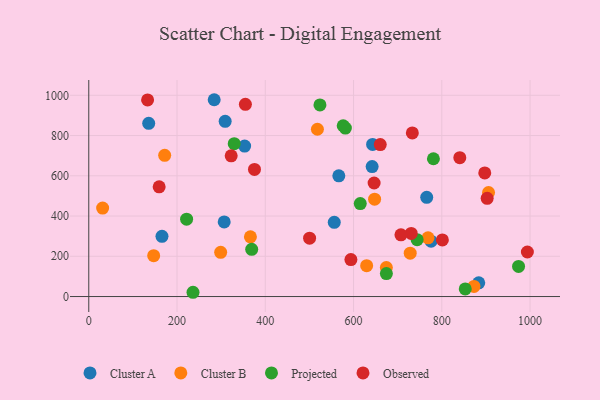
{"axis": {"x": "Engine Size", "y": "Yield"}, "legend": ["Cluster A", "Cluster B", "Observed", "Projected"], "data": [{"x": "306.9", "y": 370.9, "type": "Cluster A"}, {"x": "284.2", "y": 978.0, "type": "Cluster A"}, {"x": "353.2", "y": 747.7, "type": "Cluster A"}, {"x": "135.8", "y": 860.8, "type": "Cluster A"}, {"x": "642.1", "y": 646.0, "type": "Cluster A"}, {"x": "556.3", "y": 368.6, "type": "Cluster A"}, {"x": "309.1", "y": 870.8, "type": "Cluster A"}, {"x": "775.7", "y": 275.3, "type": "Cluster A"}, {"x": "765.8", "y": 492.8, "type": "Cluster A"}, {"x": "643.2", "y": 755.7, "type": "Cluster A"}, {"x": "165.9", "y": 299.3, "type": "Cluster A"}, {"x": "883.7", "y": 68.0, "type": "Cluster A"}, {"x": "566.6", "y": 599.9, "type": "Cluster A"}, {"x": "172.0", "y": 701.8, "type": "Cluster B"}, {"x": "674.3", "y": 144.3, "type": "Cluster B"}, {"x": "518.1", "y": 831.2, "type": "Cluster B"}, {"x": "298.9", "y": 219.5, "type": "Cluster B"}, {"x": "647.7", "y": 483.9, "type": "Cluster B"}, {"x": "728.4", "y": 215.4, "type": "Cluster B"}, {"x": "872.9", "y": 50.5, "type": "Cluster B"}, {"x": "31.4", "y": 439.7, "type": "Cluster B"}, {"x": "629.7", "y": 153.2, "type": "Cluster B"}, {"x": "905.9", "y": 517.1, "type": "Cluster B"}, {"x": "147.1", "y": 203.1, "type": "Cluster B"}, {"x": "366.3", "y": 296.5, "type": "Cluster B"}, {"x": "768.8", "y": 291.9, "type": "Cluster B"}, {"x": "674.4", "y": 114.3, "type": "Projected"}, {"x": "576.5", "y": 848.7, "type": "Projected"}, {"x": "581.5", "y": 837.3, "type": "Projected"}, {"x": "973.9", "y": 149.7, "type": "Projected"}, {"x": "523.9", "y": 952.0, "type": "Projected"}, {"x": "329.6", "y": 759.4, "type": "Projected"}, {"x": "615.2", "y": 461.8, "type": "Projected"}, {"x": "781.0", "y": 684.6, "type": "Projected"}, {"x": "236.2", "y": 21.2, "type": "Projected"}, {"x": "221.7", "y": 384.3, "type": "Projected"}, {"x": "744.1", "y": 282.7, "type": "Projected"}, {"x": "369.2", "y": 234.4, "type": "Projected"}, {"x": "853.1", "y": 37.6, "type": "Projected"}, {"x": "375.5", "y": 631.7, "type": "Observed"}, {"x": "897.3", "y": 614.4, "type": "Observed"}, {"x": "801.3", "y": 281.4, "type": "Observed"}, {"x": "133.3", "y": 977.0, "type": "Observed"}, {"x": "730.7", "y": 313.8, "type": "Observed"}, {"x": "500.4", "y": 290.0, "type": "Observed"}, {"x": "159.5", "y": 545.0, "type": "Observed"}, {"x": "322.7", "y": 699.4, "type": "Observed"}, {"x": "707.4", "y": 306.8, "type": "Observed"}, {"x": "993.9", "y": 221.4, "type": "Observed"}, {"x": "660.5", "y": 755.1, "type": "Observed"}, {"x": "733.2", "y": 812.8, "type": "Observed"}, {"x": "594.0", "y": 183.6, "type": "Observed"}, {"x": "840.8", "y": 689.8, "type": "Observed"}, {"x": "646.6", "y": 564.1, "type": "Observed"}, {"x": "902.8", "y": 487.8, "type": "Observed"}, {"x": "354.9", "y": 955.0, "type": "Observed"}]}